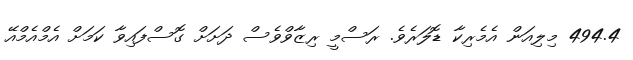
494.4 މިލިއަން އެމެރިކާ ޑޮލަރެވެ. ރަސްމީ ރިޒާވްވެސް ދަށަށް ގޮސްފައިވާ ކަމަށް އެމްއެމްއޭ